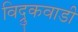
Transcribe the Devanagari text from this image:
विद्रुकवाडी